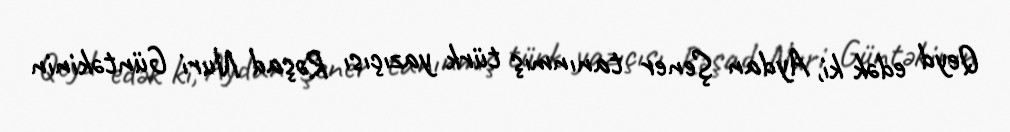
Qeyd edək ki, Aydan Şener tanınmış türk yazıçısı Rəşad Nuri Güntəkinin